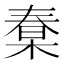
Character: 𣕮